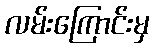
လမ်းကြောင်းမှ